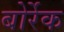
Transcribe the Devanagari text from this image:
बोर्रेक